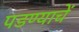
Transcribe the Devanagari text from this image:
पडण्याचें